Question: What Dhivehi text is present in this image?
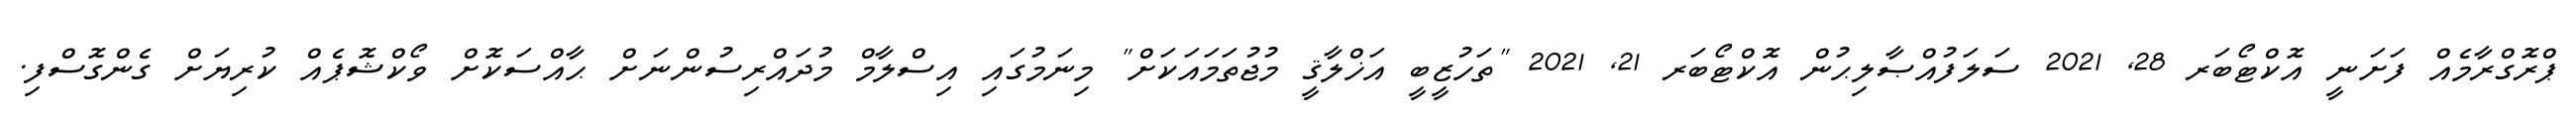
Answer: ޕްރޮގްރާމެއް ފަށަނީ އޮކްޓޯބަރ 28, 2021 ސަލަފުއްޞާލިޙުން އޮކްޓޯބަރ 21, 2021 "ތަހުޒީބީ އަޚްލާޤީ މުޖުތަމައަކަށް" މިނަމުގައި އިސްލާމް މުދައްރިސުންނަށް ޙާއްސަކޮށް ވޯކްޝޮޕެއް ކުރިޔަށް ގެންގޮސްފި.